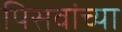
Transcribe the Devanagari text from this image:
पिसवांच्या